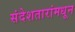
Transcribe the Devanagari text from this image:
संदेशतारांमधून